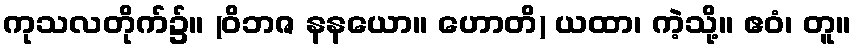
ကုသလတိုက်၌။ (ဝိဘဇ နနယော။ ဟောတိ) ယထာ၊ ကဲ့သို့။ ဧဝံ၊ တူ။